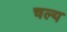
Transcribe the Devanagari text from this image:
चल्य